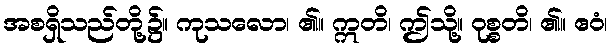
အစရှိသည်တို့၌။ ကုသလော၊ ၏။ ဣတိ၊ ဤသို့။ ဝုစ္စတိ၊ ၏။ ဧဝံ၊